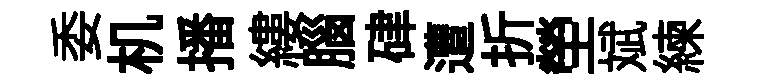
委机播縷腦硉遭折塋斌練